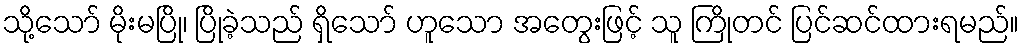
သို့သော် မိုးမပြို၊ ပြိုခဲ့သည် ရှိသော် ဟူသော အတွေးဖြင့် သူ ကြိုတင် ပြင်ဆင်ထားရမည်။